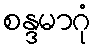
စန္ဒမာဂုံ